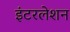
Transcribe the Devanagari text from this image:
इंटरलेशन